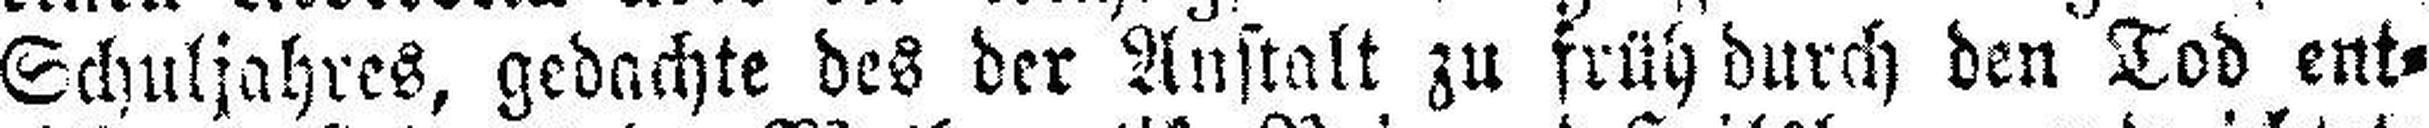
Schuljahres, gedachte des der Anstalt zu früh durch den Tod ent¬